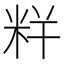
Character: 𥹎